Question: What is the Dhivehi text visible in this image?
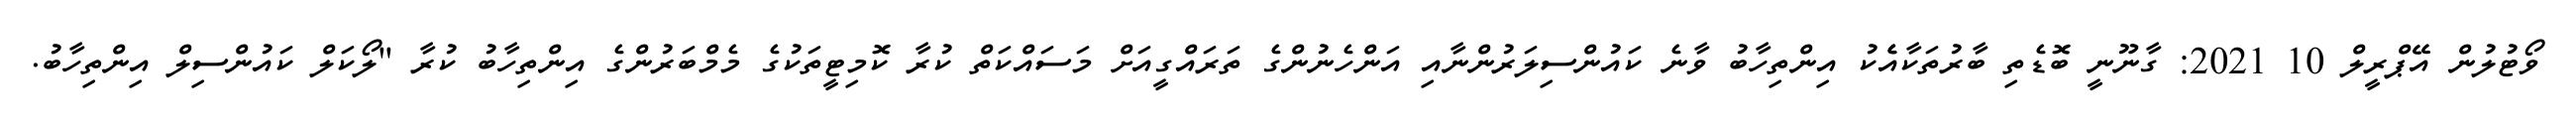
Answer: ވޯޓުލުން އޭޕްރީލް 10 2021: ގާނޫނީ ބޮޑެތި ބާރުތަކާއެެކު އިންތިހާބު ވާނެ ކައުންސިލަރުންނާއި އަންހެނުންގެ ތަރައްގީއަށް މަސައްކަތް ކުރާ ކޮމިޓީތަކުގެ މެމްބަރުންގެ އިންތިހާބު ކުރާ "ލޯކަލް ކައުންސިލް އިންތިހާބު.